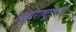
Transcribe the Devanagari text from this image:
अक्षराष्ट्रांच्या